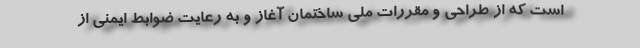
است که از طراحی و مقررات ملی ساختمان آغاز و به رعایت ضوابط ایمنی از